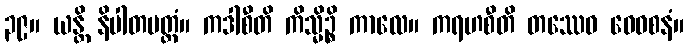
၃၉။ ယန္တိ နိပါတမတ္တံ။ ကဒါစီတိ ကိသ္မိဉ္စိ ကာလေ။ ကရဟစီတိ တဿေဝ ဝေဝစနံ။